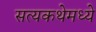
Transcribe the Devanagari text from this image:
सत्यकथेमध्ये